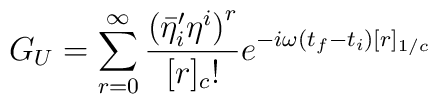
G_U = \sum_{r=0}^{\infty} \frac{ { ( {{\bar{\eta}}^{\prime}}_i{\eta}^i)}^r}{[r]_c!}e^{-i\omega (t_f-t_i)[r]_{1/c}}